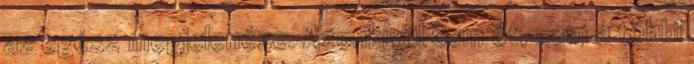
az egész megjelenése. Azonkívül sem őt, sem a többi